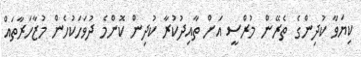
ކިޔަވާ ކުދިންގެ ތެރޭން މުރްސީ އަށް ތާއިދުކުރާ ކުދިން ކޮންމެ ދުވަހަކުހެން މުޒާހަރާތައް